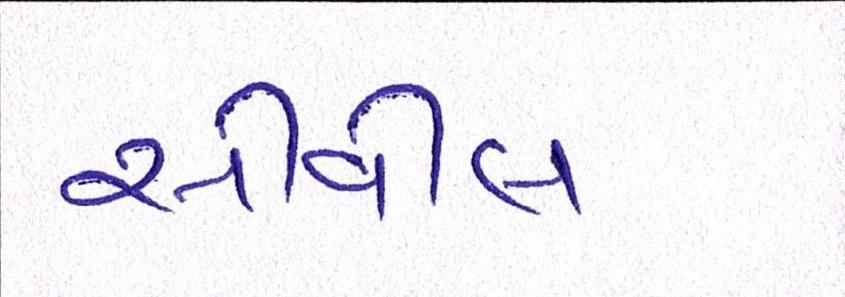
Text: સીવીલ